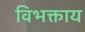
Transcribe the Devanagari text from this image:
विभक्ताय